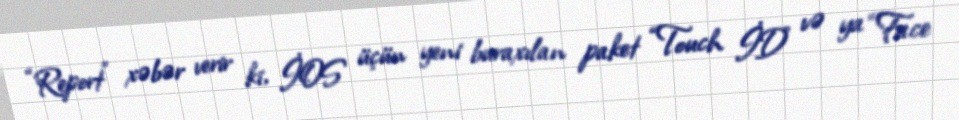
“Report” xəbər verir ki, İOS üçün yeni buraxılan paket “Touch İD” və ya “Face